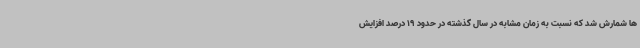
ها شمارش شد که نسبت به زمان مشابه در سال گذشته در حدود 19 درصد افزایش